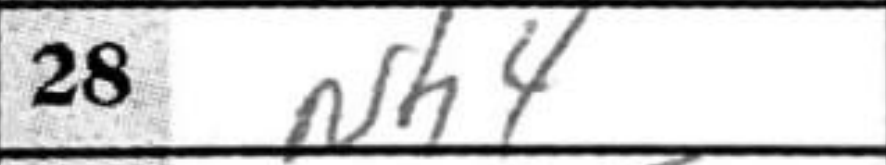
Transcription: Nh4